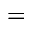
=